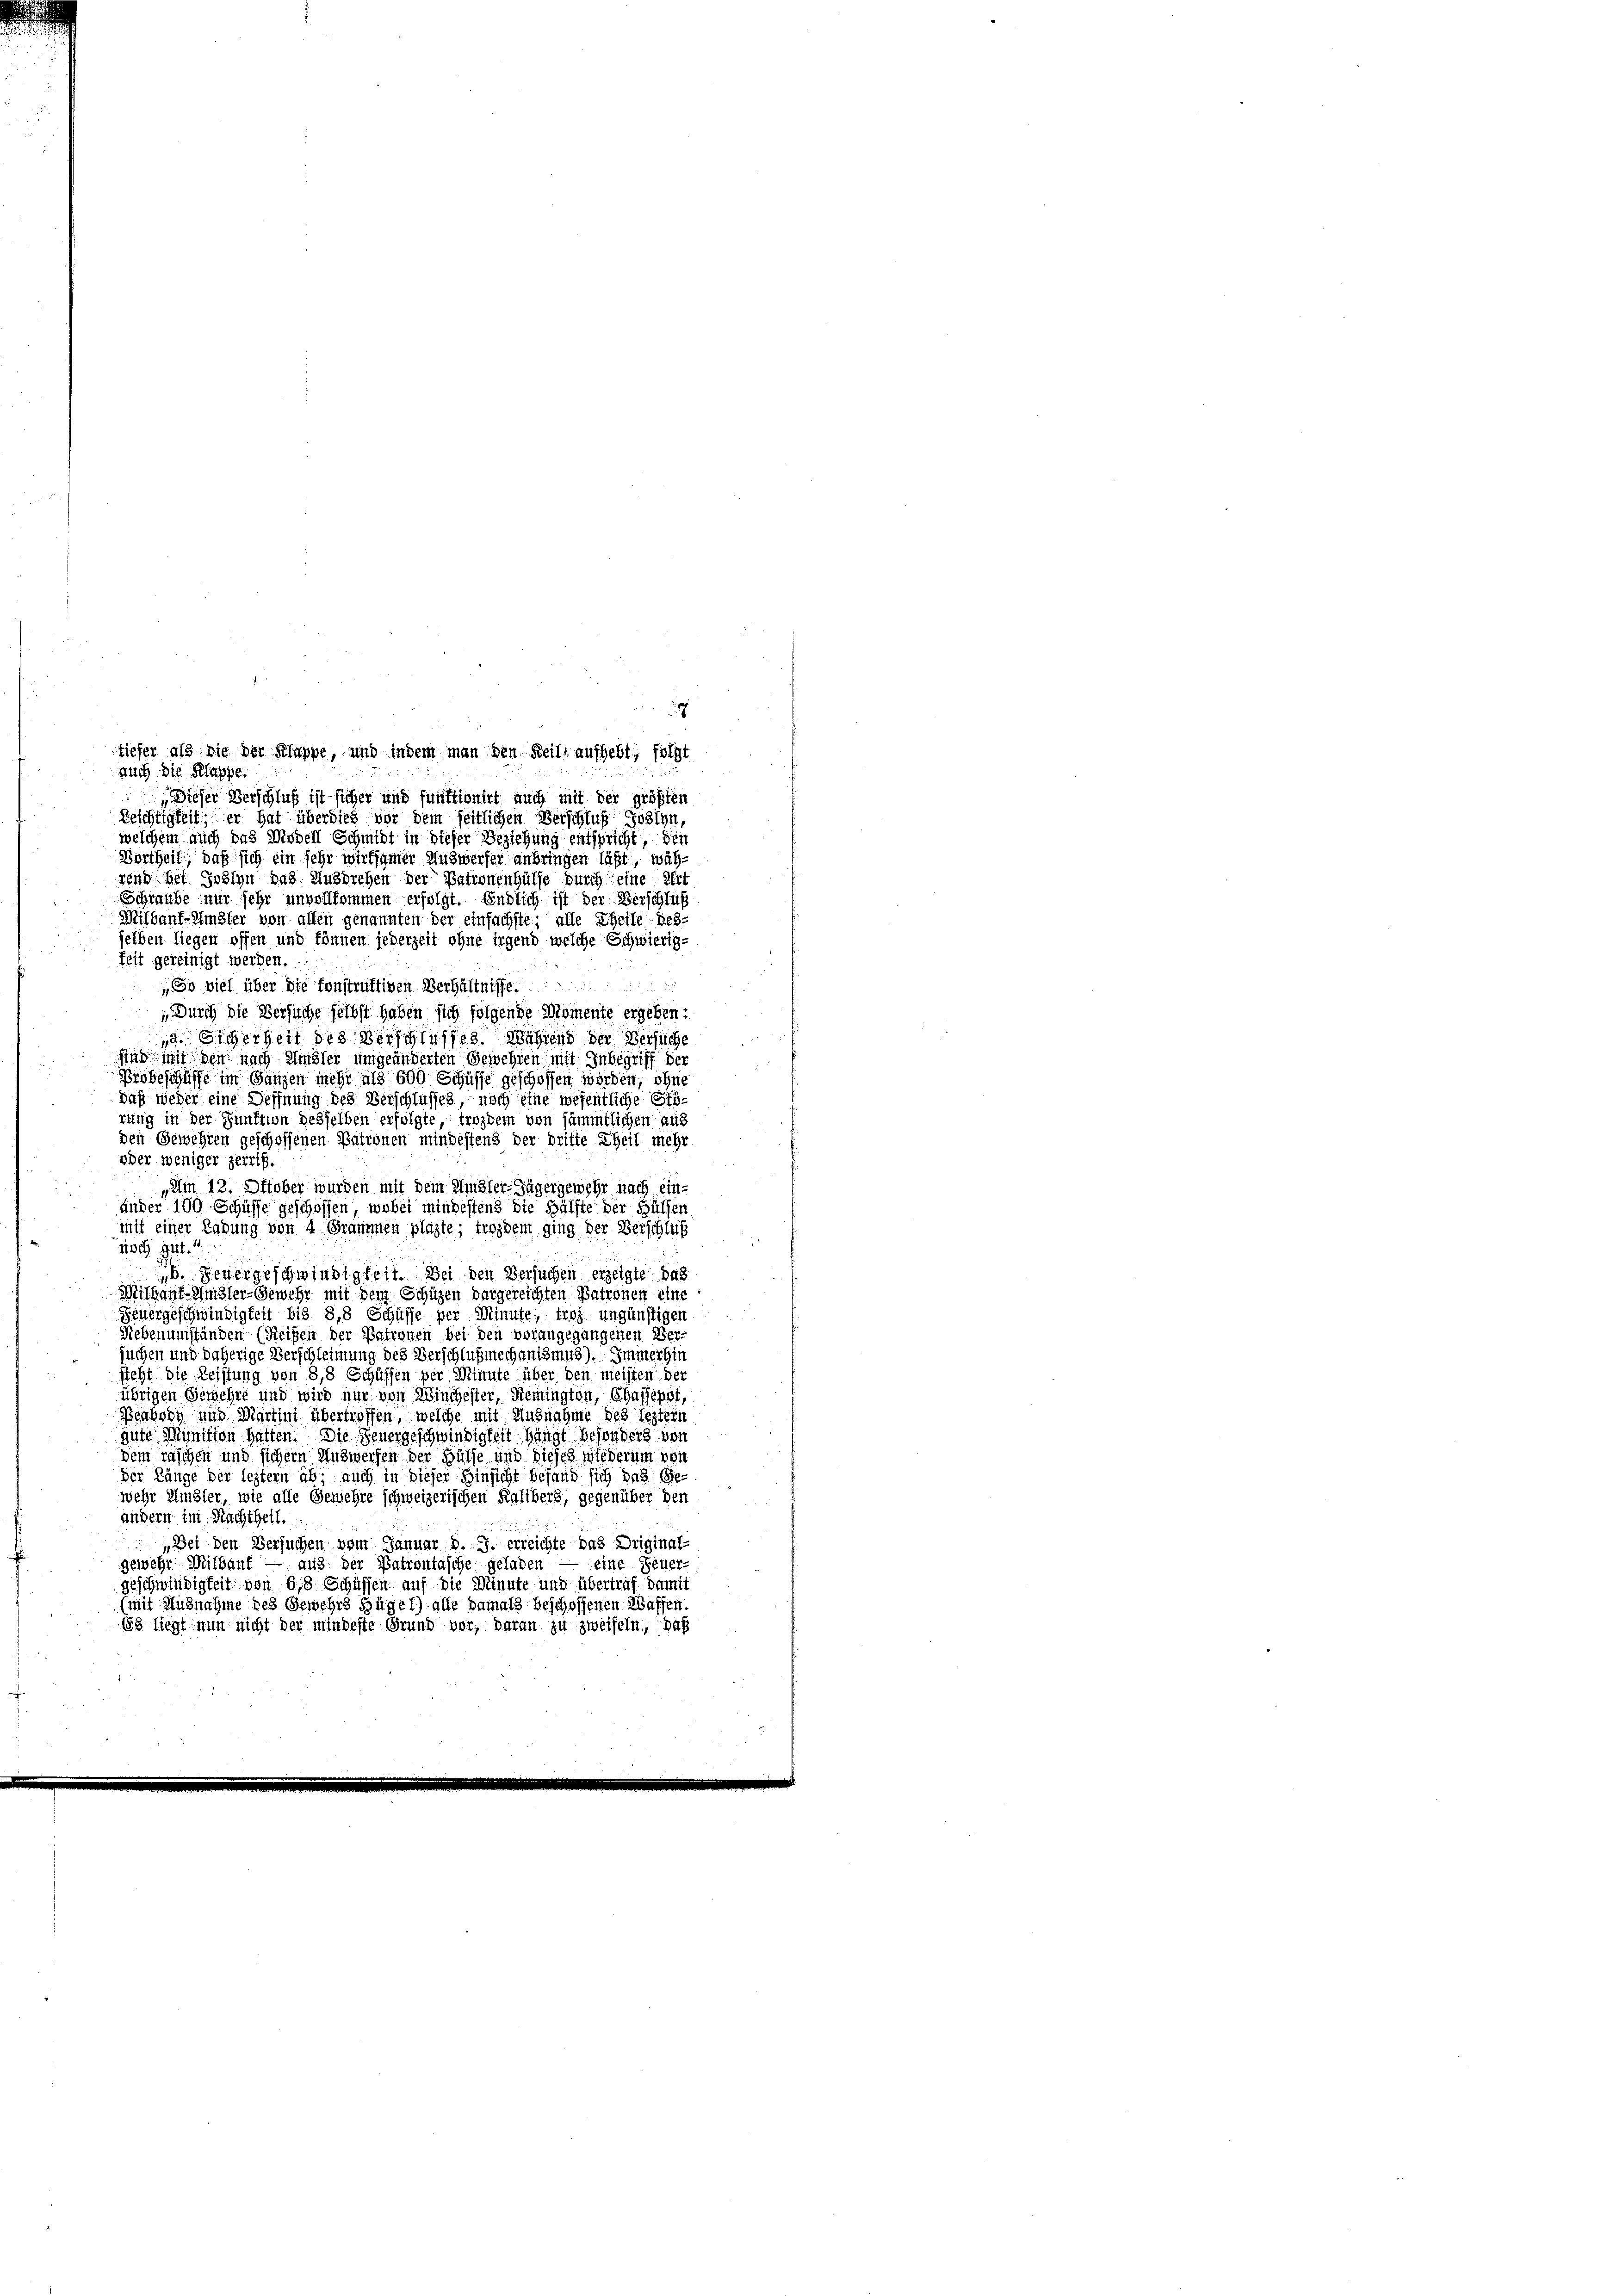
7
auch die Klappe
Dieser Verschluß ist sicher und funktionirt auch mit der größten
Reichtigkeit; er hat überdieß vor dem seitlichen Verschluß Joslyn,
welchem auch das Modell Schmidt in dieser Beziehung entspricht, den
Börtheil, daß sich ein sehr wirksamer Auswerfer anbringen läßt, während bei Jolyn das Ausbrehen der Patronenhülfe durch eine Ert
Schraube nur sehr unvollkommen erfolgt. Endlich ist der Verschluß
Mifbanf-Sidler von allen genannten der einfachste; alle Theile des-
selben liegen offen und können jederzeit ohne irgend welche Schwierig-
keit gereinigt werden.
„So viel über die sonstruktiven Verhältnisse.

„Durch die Versuche selbst haben sich folgende Momente ergeben:
a. Sicherheit des Verschlusses Während der Versuche
sind mit den nach Amsler umgeänderten Gewehren mit Inbegriff der
Probeschüsse im Ganzen mehr als 600 Schüffe geschossen werden, ohne
daß weder eine Deffnung des Verschlusses, noch eine wesentliche
rung in der Punktion desselben erfolgte, trozdem von sämmtlichen aus
den Gewehren geschoffenen Patronen mindestens der dritte Theil mehr
oder weniger zerriss.
„Am 12. Oktober wurden mit dem Mister-Jägergemehr nach ein-
änder 100 Schüsse geschoffen, wobei mindestens die Hälfte der Hülfen
init einer Ladung von 4 Grammen plagte, trozdem ging der Verschluß
noch gut.“
b. Feuergeschwindigkeit. Bei den Versuchen erzeigte das
Mithaus-Sidler-Gewehr mit dem Schüzen dargereichten Patronen eine
Feuergeschwindigkeit bis 8,8 Schüsse per Minute, froh ungünstigen
Rebenumständen (Reifen der Patronen bei den vorangegangenen Ver-
suchen und daherige Verschleimung des Verschlußmechanismus). Immerhin
sieht die Leistung von 8,8 Schüssen per Minute über den meisten der
übrigen Gewehre und wird nur von Winchester, Remington, Chaleppt,
Benberg und Martini übertroffen, welche mit Ausnahme des leztern
gute Munition hatten. Die Feuergeschwindigkeit hängt besonders vor
dem raschen und sichern Auswerfen der Hülfe und dieses wiederum von
Der Länge der leztern ab; auch in dieser Hinsicht befand sich das Gewehr Umbler, wie alle Gewehre schweizerischen Kalibers, gegenüber den
andern im Nachtheil.
„Bei den Versuchen vom Januar d. J. erreichte das Driginal-
gewehr Milbauf — aus der Patrontasche geladen — eine Feuer-
geschwindigkeit von 68 Schüssen auf die Minute und übertraf damit
(mit Ausnahme des Gemehrs Hügel) alle damals beschoffenen Wassen.
Es liegt nun nicht der mindeste Grund vor, daran zu zweifeln, daß

tiefer als die der Klappe, und indem man den Beile aufgebt; folgt